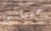
جميلتين